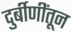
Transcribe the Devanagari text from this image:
दुर्बीणींतून